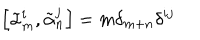
\left[ { \tilde { \alpha } } _ { m } ^ { i } , { \tilde { \alpha } } _ { n } ^ { j } \right] = m \delta _ { m + n } \delta ^ { i j }